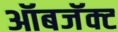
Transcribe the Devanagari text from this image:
ऑबजॅक्ट